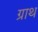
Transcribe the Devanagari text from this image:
ग्राथ